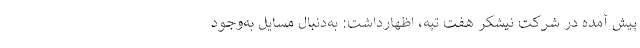
پیش آمده در شرکت نیشکر هفت تپه، اظهارداشت: به‌دنبال مسایل به‌وجود